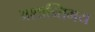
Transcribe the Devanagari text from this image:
अशान्तिमय